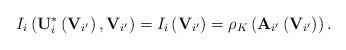
LaTeX: \begin{align*}I_{i}\left(\mathbf{U}_{i}^{*}\left(\mathbf{V}_{i'}\right),\mathbf{V}_{i'}\right)=I_{i}\left(\mathbf{V}_{i'}\right)=\rho_{K}\left(\mathbf{A}_{i'}\left(\mathbf{V}_{i'}\right)\right).\end{align*}